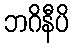
ဘဂိနီပိ